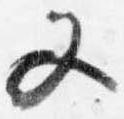
又